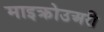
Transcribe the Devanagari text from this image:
माइक्रोउअरी